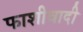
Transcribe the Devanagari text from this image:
फाशीवादी